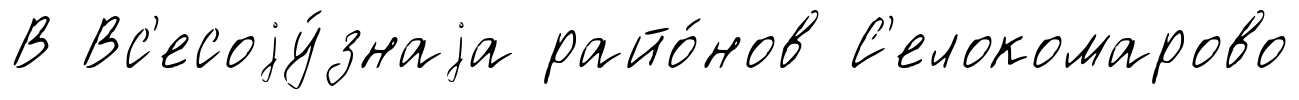
В Вс'есоjу́знаjа райо́нов С'елокомарово